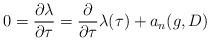
LaTeX: \begin{align*} 0 = \frac{\partial \lambda}{\partial \tau} = \frac{\partial }{\partial \tau} \lambda(\tau)+ a_n(g, D)\end{align*}